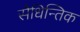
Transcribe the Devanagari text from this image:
सैधिन्तिक